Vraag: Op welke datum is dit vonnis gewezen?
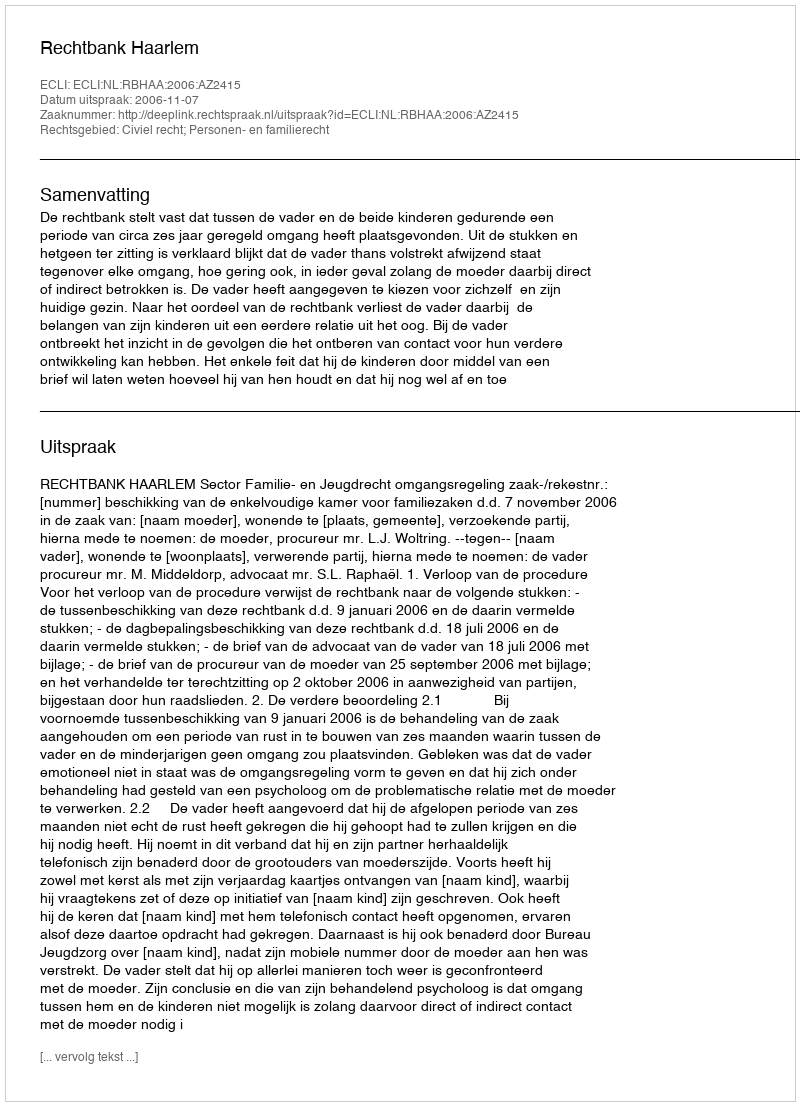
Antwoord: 2006-11-07